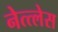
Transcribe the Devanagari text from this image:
नेत्त्लेस